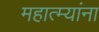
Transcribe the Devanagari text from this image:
महात्म्यांना